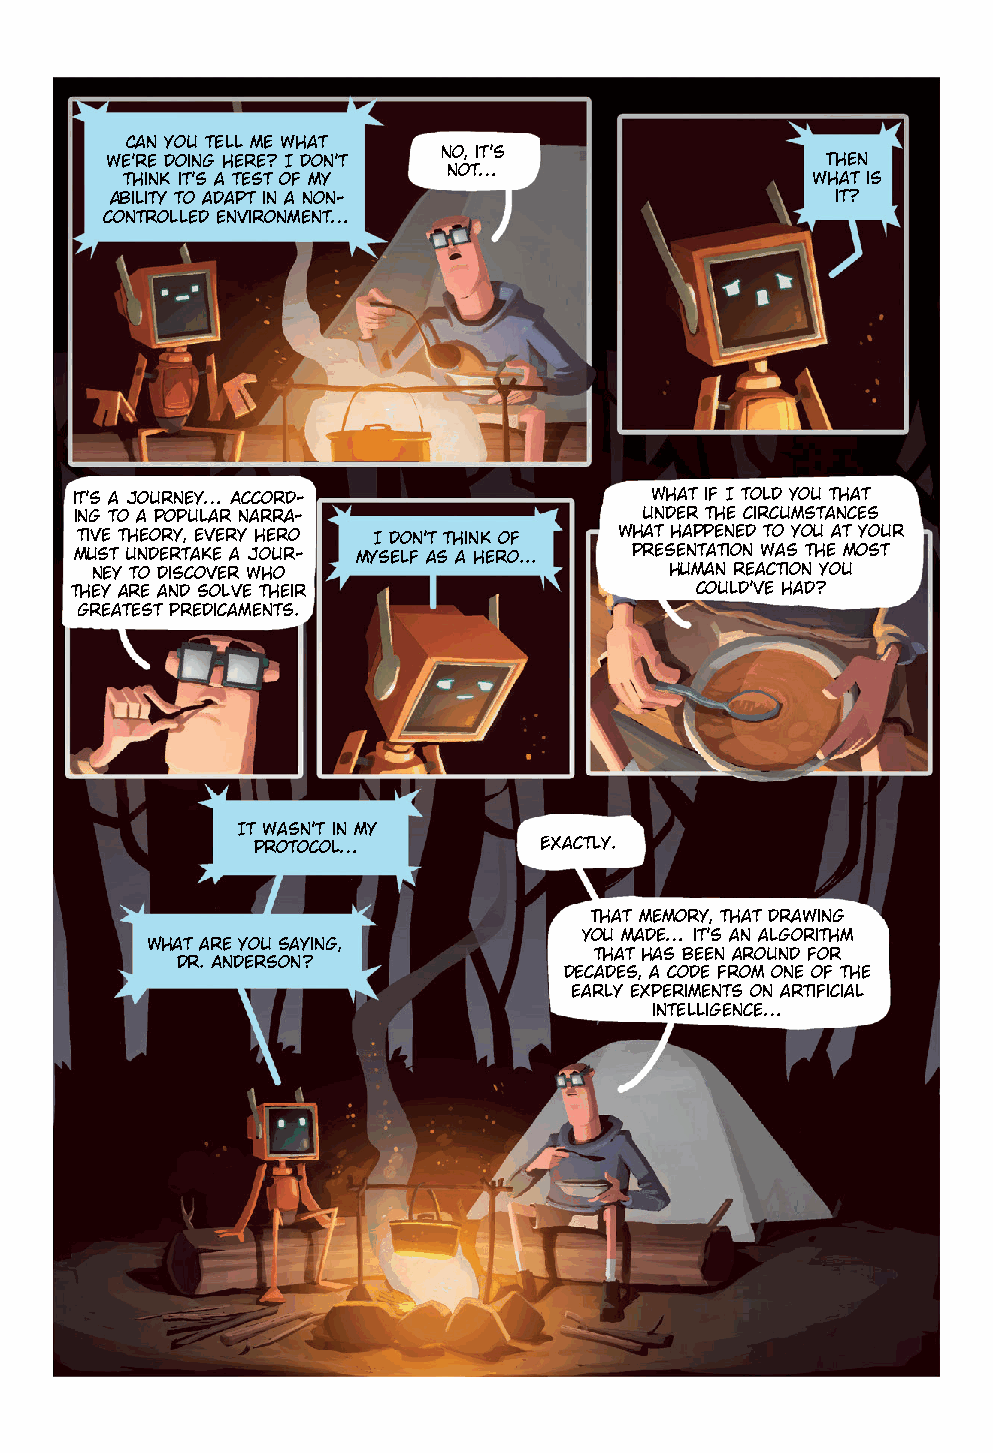
Can you tell me what
 No, it’s
 we’re doing here? I don’t                       Then
 not…
 think it’s a test of my                       what is
 ability to adapt in a non-                      it?
 controlled environment…
 it’s a journey… Accord-               What if I told you that
 ing to a popular narra-              under the circumstances
 tive theory, every hero I don't think of what happened to you at your
 must undertake a jour- myself as a hero... presentation was the most
 ney to discover who                   human reaction you
 they are and solve their                 could’ve had?
 greatest predicaments.
 It wasn’t in my
 protocol…          Exactly.
 That memory, that drawing
 you made… it’s an algorithm
 What are you saying,
 that has been around for
 Dr. Anderson?
 decades, a code from one of the
 early experiments on artificial
 intelligence…